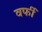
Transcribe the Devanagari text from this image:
वर्फी